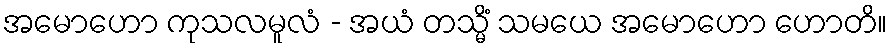
အမောဟော ကုသလမူလံ - အယံ တသ္မိံ သမယေ အမောဟော ဟောတိ။